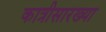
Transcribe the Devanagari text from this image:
कात्रीसारख्या